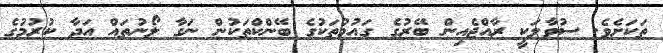
ތަކަށެވެ. ސުވާލަކީ ރާއްޖެއިން ބޭރުގެ ގައުމުތަކުގެ ބޭންކްތަކުން ނަގާ ލޯނުތައް އަދާ ކުރުމުގެ